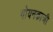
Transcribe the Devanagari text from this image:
गोयनकाजी